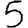
Digit: 5